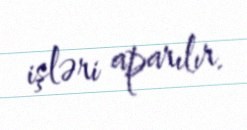
işləri aparılır.